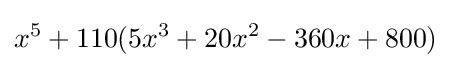
x^{5}+110(5x^{3}+20x^{2}-360x+800)